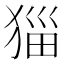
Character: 𭸖